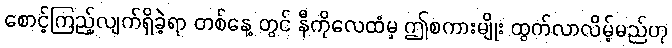
စောင့်ကြည့်လျက်ရှိခဲ့ရာ တစ်နေ့ တွင် နီကိုလေထံမှ ဤစကားမျိုး ထွက်လာလိမ့်မည်ဟု